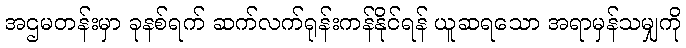
အဌမတန်းမှာ ခုနစ်ရက် ဆက်လက်ရုန်းကန်နိုင်ရန် ယူဆရသော အရာမှန်သမျှကို